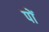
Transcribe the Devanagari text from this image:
पों